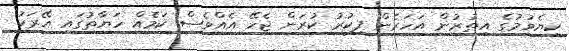
ކިޔެވުމުގެ އިތުރުން އަހަރެން ފިކުރު ކުރަން ޖެހޭ އެއްވެސް ކަމެއް ހަޔާތުގައި އޭރަކު